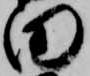
田